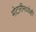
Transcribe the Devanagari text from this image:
मोटारींमध्येही